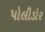
પોલીડોર